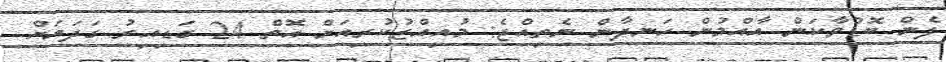
ފެން ބޮޑުވާކަން އާއްމުން ހަނދާން ނެތިއްޖެ: މުއިއްޒުކުރިއަށް އޮތް 24 ގަޑިއިރު ގަދަޔަށް